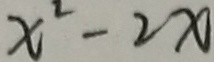
x ^ { 2 } - 2 x